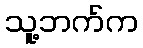
သူ့ဘက်က